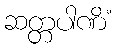
ဆတ္တပါဏိံ